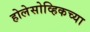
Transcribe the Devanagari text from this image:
होलेसोव्हिकच्या